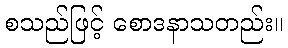
စသည်ဖြင့် စောဒနာသတည်း။